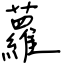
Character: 蘿